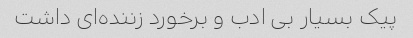
پیک بسیار بی ادب و برخورد زننده‌ای داشت